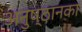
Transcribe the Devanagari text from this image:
अनुष्ठानका